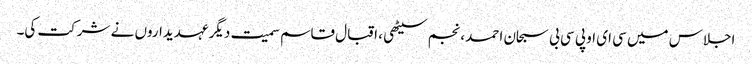
اجلاس میں سی ای او پی سی بی سبحان احمد ، نجم سیٹھی ، اقبال قاسم سمیت دیگر عہدیداروں نے شرکت کی۔